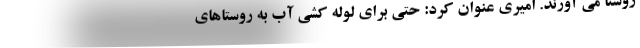
روستا می آورند. امیری عنوان کرد: حتی برای لوله کشی آب به روستاهای